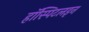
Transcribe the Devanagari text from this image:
हॉस्पिटलइन